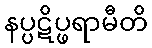
နပ္ပဋိပ္ဖရာမီတိ